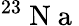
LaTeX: ^{23}\mathrm{~N~a~}